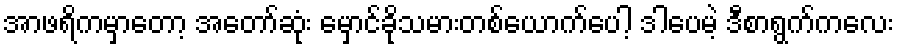
အာဖရိကမှာတော့ အတော်ဆုံး မှောင်ခိုသမားတစ်ယောက်ပေါ့ ဒါပေမဲ့ ဒီစာရွက်ကလေး